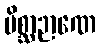
မိစ္ဆာဉာဏေ